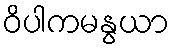
ဝိပါကမနွယာ